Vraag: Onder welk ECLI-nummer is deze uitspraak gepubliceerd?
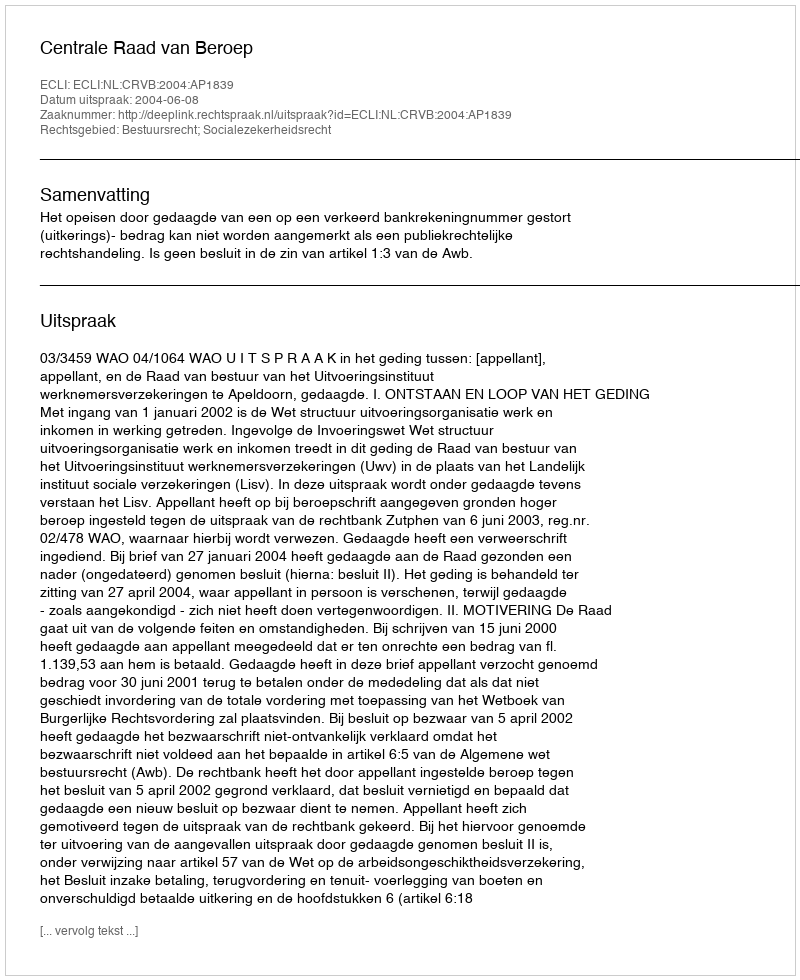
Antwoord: ECLI:NL:CRVB:2004:AP1839